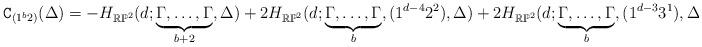
LaTeX: \begin{align*} \texttt{C}_{(1^b2)}(\Delta)=-H_{\mathbb{RP}^2}(d; \underbrace{\Gamma,\dots,\Gamma }_{b+2} ,\Delta)+2H_{\mathbb{RP}^2}(d;\underbrace{\Gamma,\dots,\Gamma }_{b},(1^{d-4}2^2),\Delta)+ 2H_{\mathbb{RP}^2}(d;\underbrace{\Gamma,\dots,\Gamma }_{b},(1^{d-3}3^1),\Delta)\end{align*}